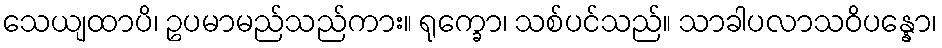
သေယျထာပိ၊ ဥပမာမည်သည်ကား။ ရုက္ခော၊ သစ်ပင်သည်။ သာခါပလာသဝိပန္နော၊